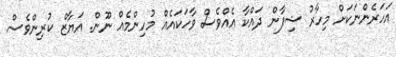
އަހަރެންނަކަށް މިހާރު ޝިފާން ދައްކާ އެއްވެސް ވާހަކައެއް މުހިންމެއް ނޫން. އަޔާޒް ކުރިންވެސް